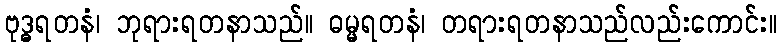
ဗုဒ္ဓရတနံ၊ ဘုရားရတနာသည်။ ဓမ္မရတနံ၊ တရားရတနာသည်လည်းကောင်း။